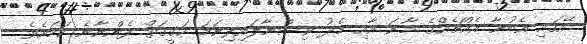
އޭގައި އެބުނާ އެއްޗެއްގެ މާނަ އާއި މެދު ވިސްނާލައިފިނަމަ ހަގީގަތް ފެންނާނެ ކަމަށެވެ.